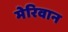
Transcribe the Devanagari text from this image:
मेरिवान